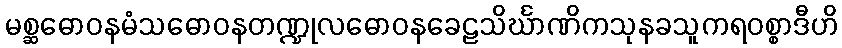
မစ္ဆဓောဝနမံသဓောဝနတဏ္ဍုလဓောဝနခေဠသိင်္ဃာဏိကသုနခသူကရဝစ္စာဒီဟိ